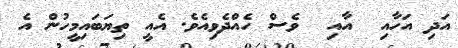
އަދި އަހާއި  އާއި  ވެސް ހެއްދެވިއެވެ. އެއީ ތިޔަބައިމީހުން އެ